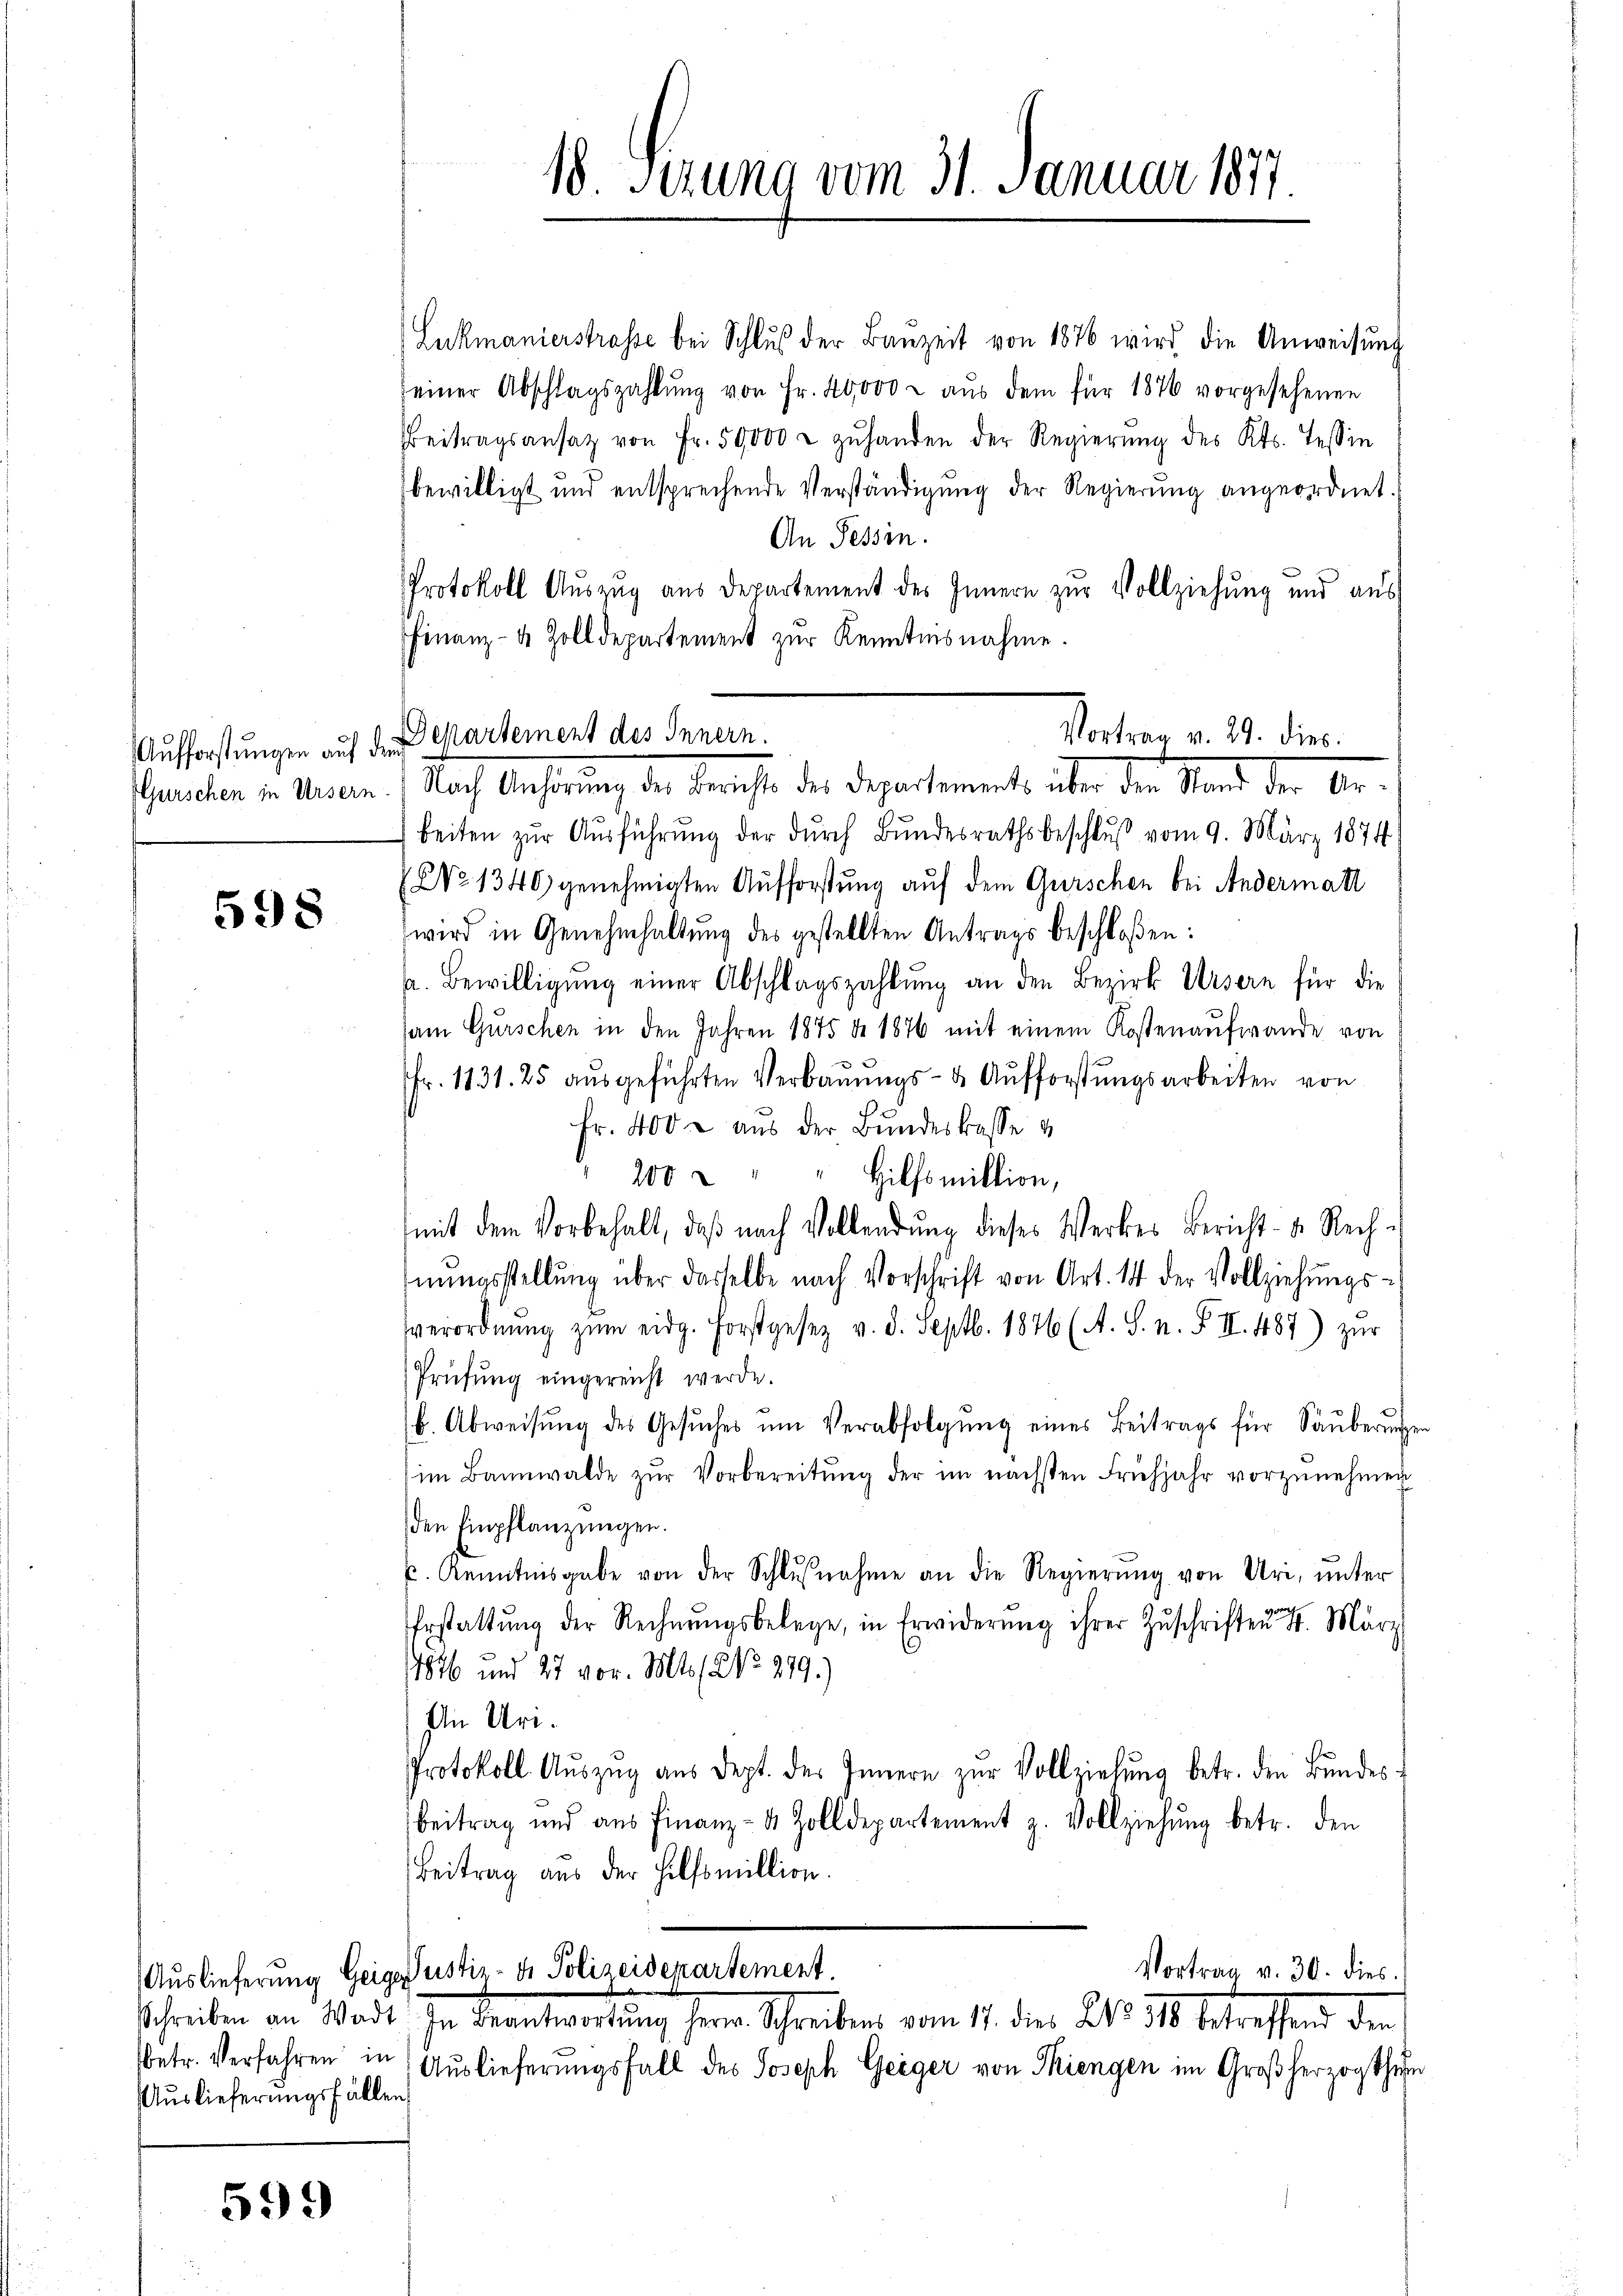
598

Auslieferungsfällen

599

18. Serung vom 31. Januar 1877.

Lukmanierstrasse bei Schluß der Bauzeit von 1876 wird die Anweisung
seiner Abschlagszahlŭng von Fr. 20,000 u aŭs dem für 1876 vorgesehenen
Beitragsansatz von Fr. 59000 u zŭ handen der Regierŭng des Kts. Tessin
bewilligt und entsprechende Verständigung der Regierung angeordnet.
An Tessin.
Protokoll Auszug aus Departement des Innern zur Vollziehung und aus
FFinanz- 4 Zolldepartement zŭr Kenntinsnahme.
Aufforstungen auf den Departement des Innern.
beiten zur Ausführung der durch Bundesrathsbeschluß vom 9. März 1874
(No 1340) genehmigten Aufforstung auf dem Gurschen bei Andermatt
wird in Genehmhaltŭng des gestellten Antrags beschloßen:
a. Bewilligŭng einer Abschlagszahlŭng an den Bezirk Ursern für die
sam Gürschen in den Jahren 1875 d. 1876 mit einem Kostenaufwande von
Fr. 1131. 25 aŭsgeführten Verbaŭŭngs- u Aŭfforstŭngsarbeiten von
fr. 400 aŭs der Bŭndeskasse v
200 " " " Hilfsmittion,
mit dem Vorbehalt, daß nach Vollendung dieses Werkes Bericht- u. Rechnŭngsstellŭng über dasselbe nach Vorschrift von Art. 14 der Vollziehŭngs-
vverordnŭng zŭm eidg. Forstgesetz v. d. Septb. 1876 (A. S. n. F. II. 487) zŭr
Prüfung eingereicht werde.
b. Abweisŭng des Gesŭches ŭm Verabfolgŭng eines Beitrags für Saŭberŭngen
im Bannwalde zŭr Vorbereitŭng der im nächsten Frühjahr vorzŭnehmen
den Einpflanzungen.
u. Kenntnisgabe von der Schlŭβnahme an die Regierŭng von Uri, ŭnter
Erstattŭng der Rechnŭngsbelege, in Erwiderŭng ihrer Zŭschriften 4. März
1846 und 27 vor. Mts (NNo. 299.)
In Uri.
Protokoll Aŭszŭg aŭs dept. des Innern zŭr Vollziehŭng betr. den Bŭndes-
Beitrag und aŭs Finanz- & Zolldepartement z. Vollziehŭng betr. den
Beitrag aus der Hilfsmillion.
Vortrag v. 30. dies
Auslieferung Geige Justiz- & Polizeidepartement.
Schreiben an Wadt. In Beantwortŭng herr Schreibens vom 17. dies No. 318 betreffend den
betr. Verfahren in Auslieferungsfall des Joseph Geiger von Siengen im Großherzogthum

Vortrag v. 29. dies
shandler v. Meilen. Nach Anhörung der Berichte des Departements über der Stand der Ar